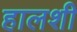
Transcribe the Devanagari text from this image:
हालशी